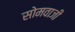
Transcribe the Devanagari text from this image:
सोमवाजी